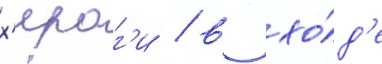
х'ираг'и / в хо́д'е